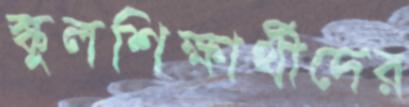
স্কুলশিক্ষার্থীদের